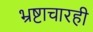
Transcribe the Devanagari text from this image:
भ्रष्टाचारही